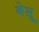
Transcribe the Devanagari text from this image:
नेसू